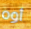
أوه